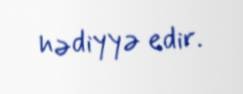
hədiyyə edir.